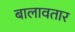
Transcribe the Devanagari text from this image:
बालावतार